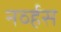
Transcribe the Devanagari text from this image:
नव्‍र्हस